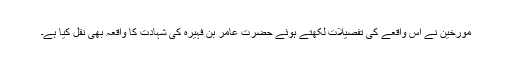
مؤرخین نے اس واقعے کی تفصیلات لکھتے ہوئے حضرت عامر بن فہیرہؓ کی شہادت کا واقعہ بھی نقل کیا ہے۔